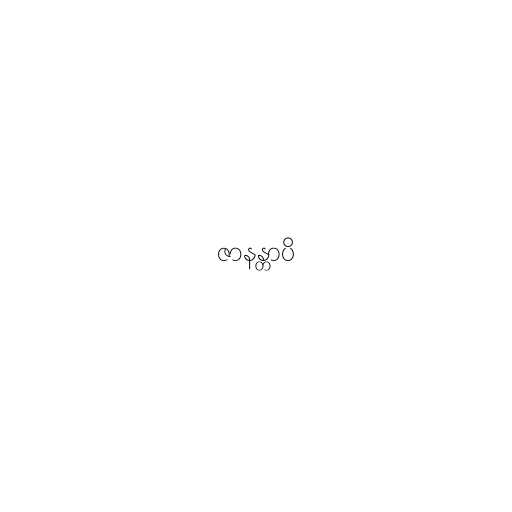
ဇာနန္တာပိ